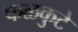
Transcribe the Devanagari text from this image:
फळकुटे